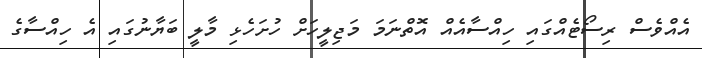
އެއްވެސް ރިސޯޓެއްގައި ހިއްސާއެއް އޮތްނަމަ މަޖިލީހަށް ހުށަހެޅި މާލީ ބަޔާނުގައި އެ ހިއްސާގެ